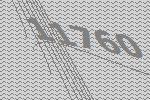
11760